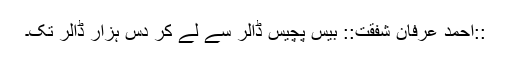
::احمد عرفان شفقت:: بیس پچیس ڈالر سے لے کر دس ہزار ڈالر تک۔